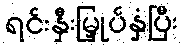
ရင်းနှီးမြှုပ်နှံပြီး